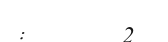
:       2